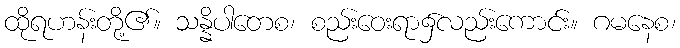
ထိုရဟန်းတို့၏။ သန္နိပါတေစ၊ စည်းဝေးရာ၌လည်းကောင်း။ ဂမနေစ၊